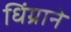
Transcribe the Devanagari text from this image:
धिंग्राने